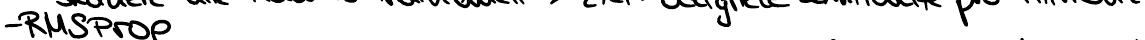
- RMSProp